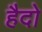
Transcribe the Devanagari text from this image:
हैदो